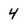
Character: 4